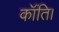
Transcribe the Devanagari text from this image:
कॉंति।